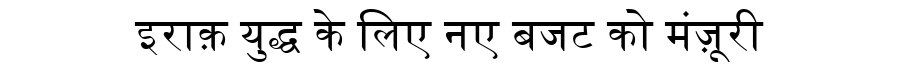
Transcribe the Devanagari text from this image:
इराक़ युद्ध के लिए नए बजट को मंज़ूरी